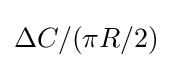
\Delta C/(\pi R/2)